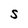
Character: S